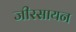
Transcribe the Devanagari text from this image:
जीरसायन